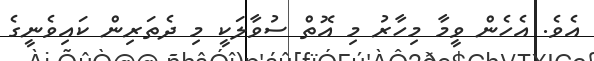
އެވެ. އެހެން ވީމާ މިހާރު މި އޮތް ސުވާލަކީ މި ދެތަރިން ކައިވެނީގެ